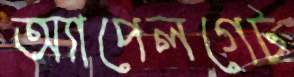
অ্যাপেলগেট